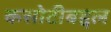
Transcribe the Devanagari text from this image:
कसोटीबद्दल